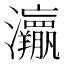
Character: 𱪜